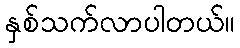
နှစ်သက်လာပါတယ်။